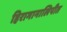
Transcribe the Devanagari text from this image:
हिरागानालिपीत